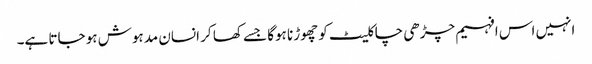
انہیں اس افہیم چڑھی چاکلیٹ کو چھوڑنا ہوگا جسے کھا کر انسان مدہوش ہو جاتا ہے۔